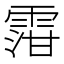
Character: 𲉿